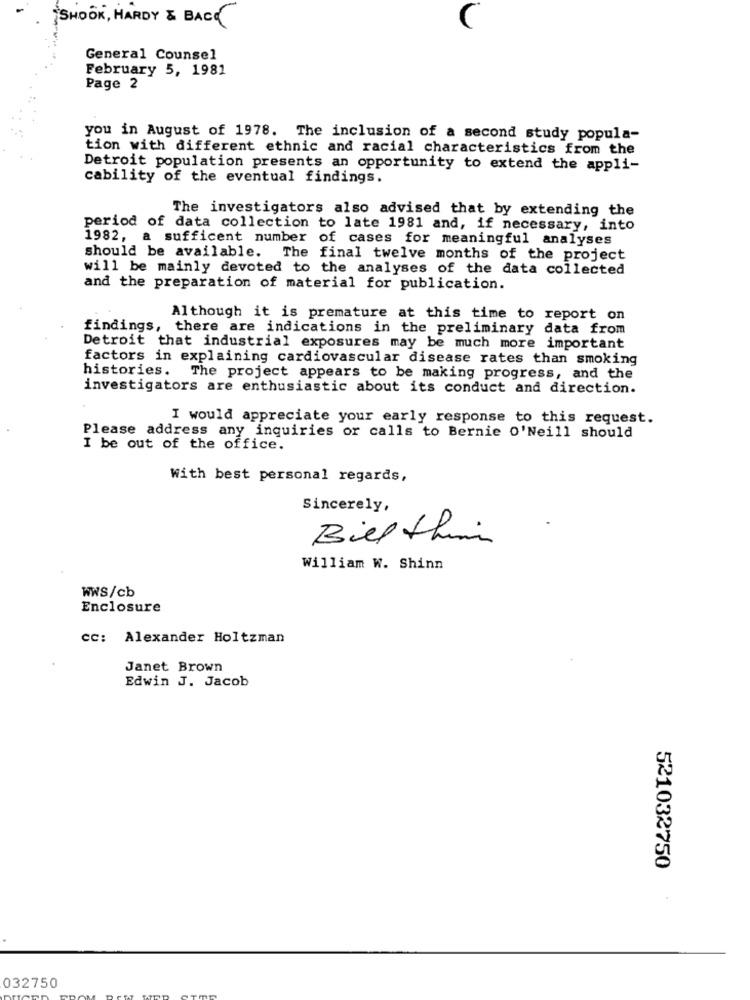
SHOOK, HARDY & BACK
General Counsel
February 5, 1981
Page 2
you in August of 1978. The inclusion of a second study popula-
tion with different ethnic and racial characteristics from the
Detroit population presents an opportunity to extend the appli-
cability of the eventual findings.
The investigators also advised that by extending the
period of data collection to late 1981 and, if necessary, into
1982, a sufficent number of cases for meaningful analyses
should be available. The final twelve months of the project
will be mainly devoted to the analyses of the data collected
and the preparation of material for publication.
Although it is premature at this time to report on
findings, there are indications in the preliminary data from
Detroit that industrial exposures may be much more important
factors in explaining cardiovascular disease rates than smoking
histories. The project appears to be making progress, and the
investigators are enthusiastic about its conduct and direction.
I would appreciate your early response to this request.
Please address any inquiries or calls to Bernie o'Neill should
I be out of the office.
With best personal regards,
Sincerely,
Biel thin
William W. Shinn
WWS/cb
Enclosure
cc: Alexander Holtzman
Janet Brown
Edwin J. Jacob
521032750
032750